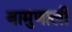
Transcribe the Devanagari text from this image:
बामुणाली